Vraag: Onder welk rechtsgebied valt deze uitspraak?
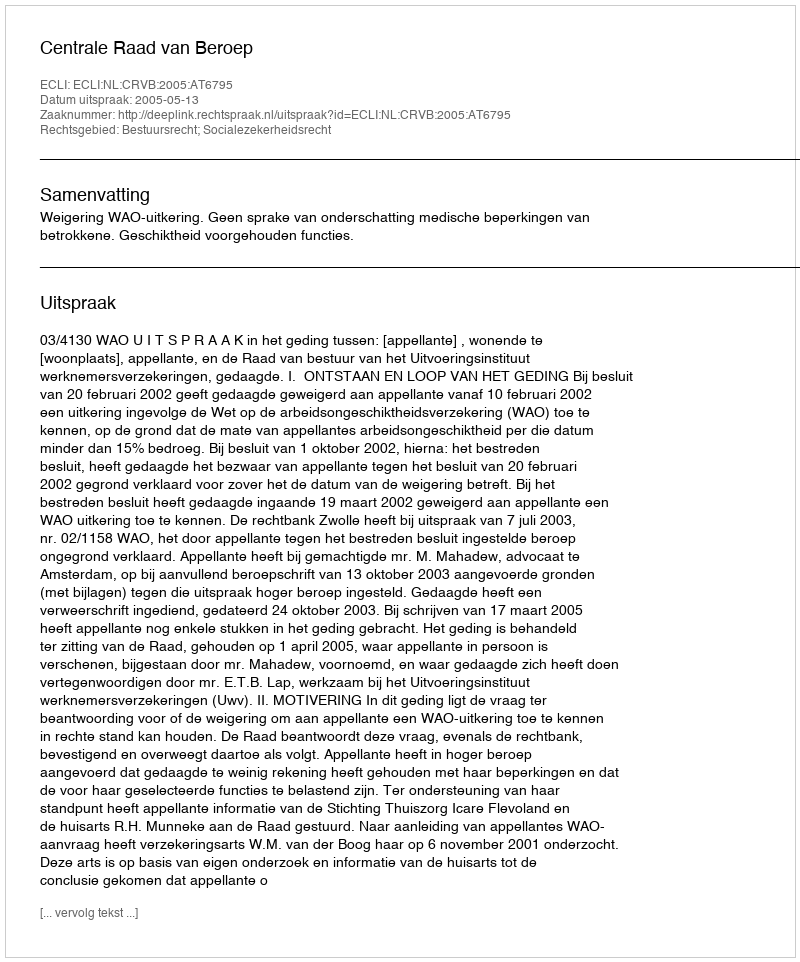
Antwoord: Bestuursrecht; Socialezekerheidsrecht